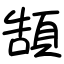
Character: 頶